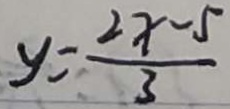
y = \frac { 2 x - 5 } { 3 }